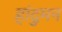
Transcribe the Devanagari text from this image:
हांदुमन